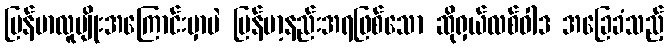
မြန်မာလူမျိုးအကြောင်းမှာပဲ မြန်မာ့နည်းအရဖြစ်သော ဆိုရှယ်လစ်ဝါဒ အခြေခံသည့်